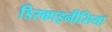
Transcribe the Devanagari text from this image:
डिस्काइनीसिया